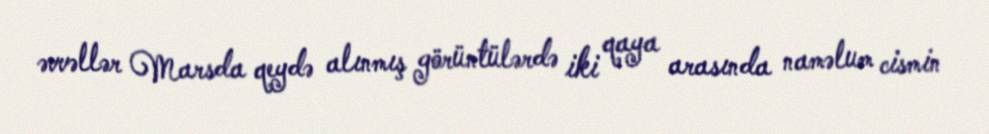
əvvəllər Marsda qeydə alınmış görüntülərdə iki qaya arasında naməlum cismin